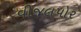
વીજલપોર